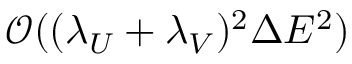
\mathcal { O } ( ( \lambda _ { U } + \lambda _ { V } ) ^ { 2 } \Delta E ^ { 2 } )